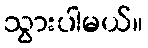
သွားပါမယ်။